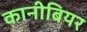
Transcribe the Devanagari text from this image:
कानीबियर